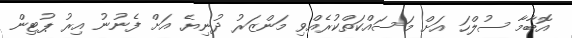
އޮބާމާ ސުލްހަ އަށް މަސައްކަތްކުރެއްވި މަންޒަރު ދުނިޔެ އަށް ފެނުނު އިރު ޕުޓިން